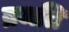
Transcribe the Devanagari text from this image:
ब्रजति